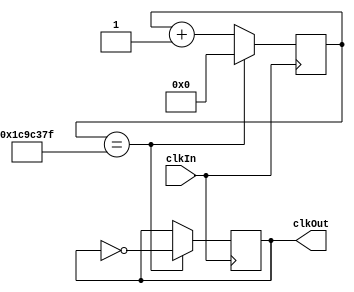
module freqDividerForGame (clkIn, clkOut);
	input clkIn;
	output clkOut;
	reg clkOut;
	reg[25:0] counter=0;
	always @ (posedge clkIn)
	begin
		if(counter == 30000000 - 1)
		begin
			counter <= 0;
			clkOut <= ~clkOut;
		end
		else
		begin
			counter <= counter+1;
		end
	end

endmodule